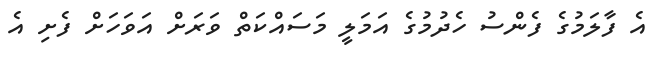
އެ ފާލަމުގެ ފެންސު ހެދުމުގެ އަމަލީ މަސައްކަތް ވަރަށް އަވަހަށް ފެށި އެ